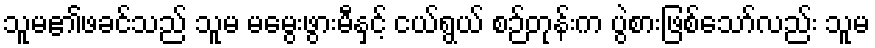
သူမ၏ဖခင်သည် သူမ မမွေးဖွားမီနှင့် ငယ်ရွယ် စဉ်တုန်းက ပွဲစားဖြစ်သော်လည်း သူမ